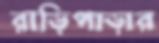
রাড়িপাড়ার